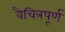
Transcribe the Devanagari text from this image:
वैचित्रपूर्ण